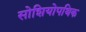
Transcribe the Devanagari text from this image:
सोशियोपथिक